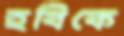
হবিকে